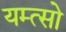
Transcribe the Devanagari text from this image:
यम्त्सो